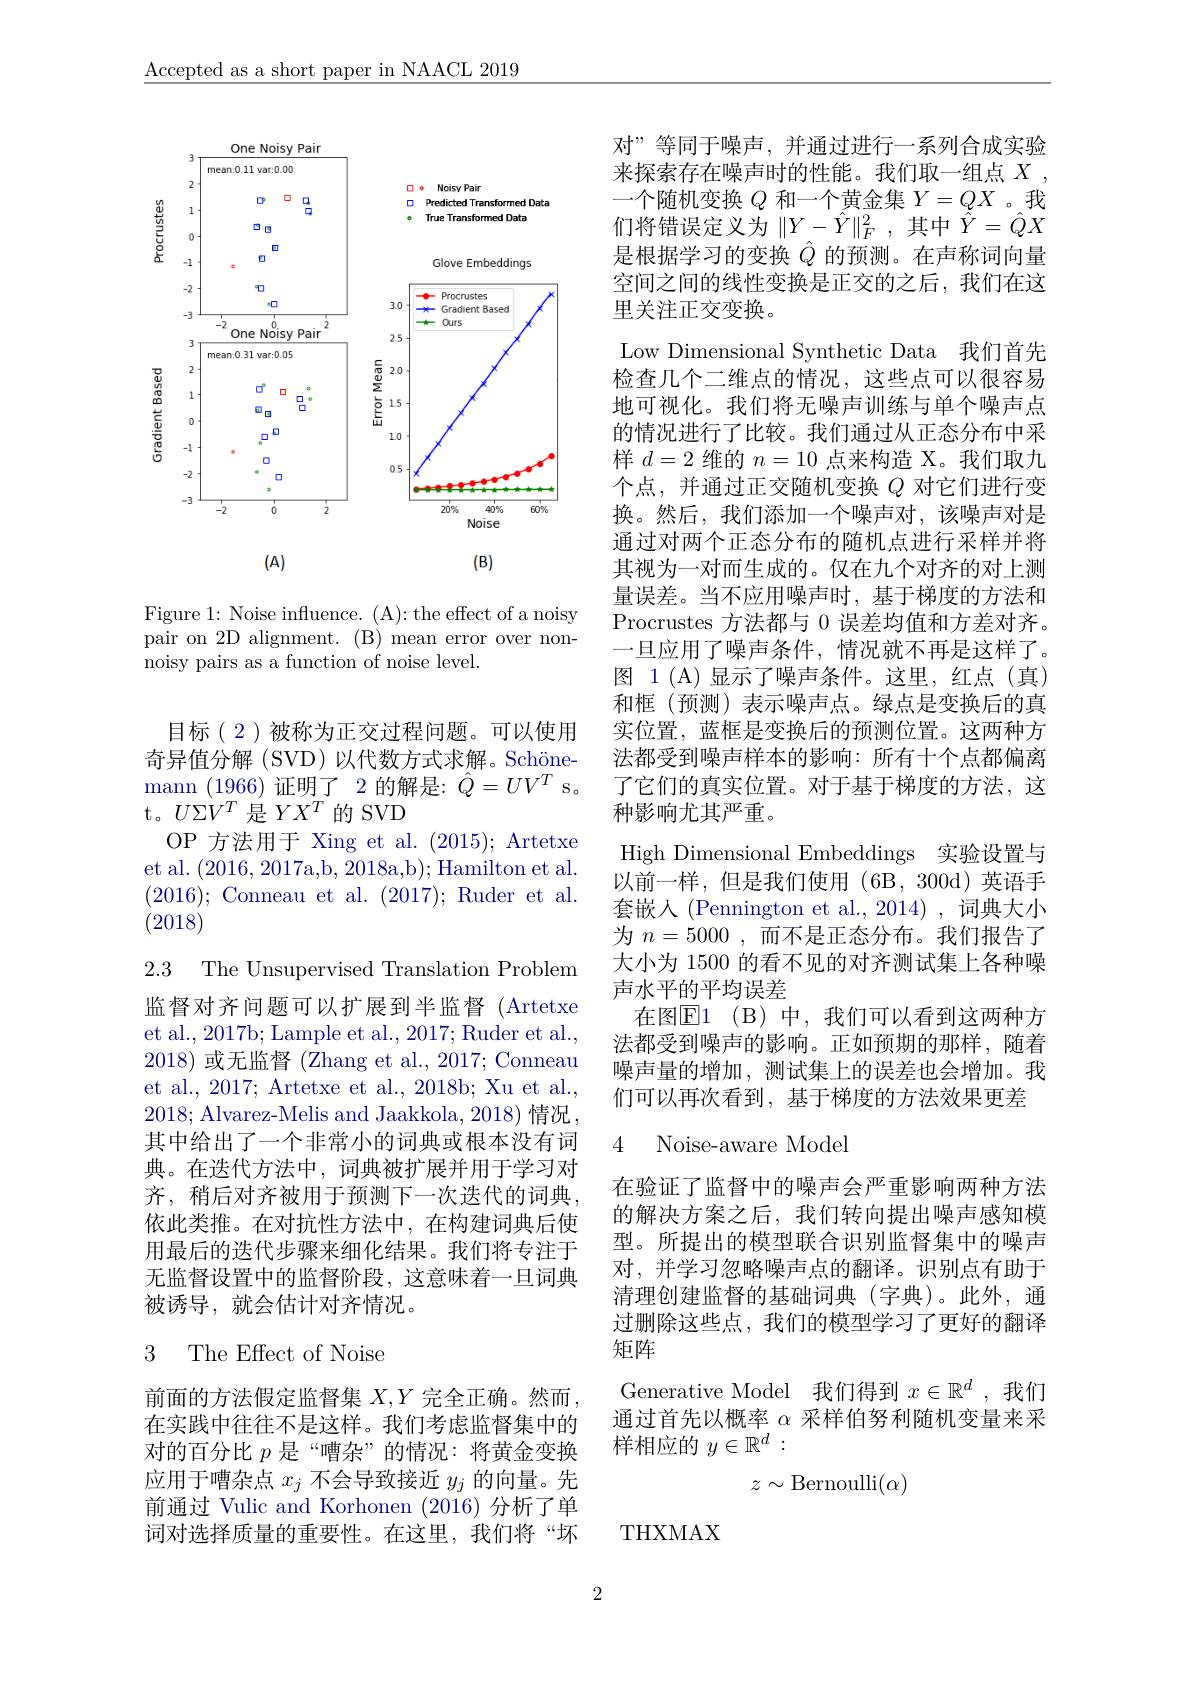
$\underline{\text{Accepted as a short paper in NAACL 2019}}$

<FigureHere>

Figure 1: Noise influence. (A): the effect of a noisy pair on 2D alignment. (B) mean error over non- noisy pairs as a function of noise level.

目标(2)被称为正交过程问题。可以使用奇异值分解 (SVD)以代数方式求解。Schöne- $\operatorname*{mann}_{\mathrm{T}}(1966)$证明了2的解是：$\hat Q=UV^T$s。t。$U\Sigma V^T$ 是$YX^T$的 SVD

OP 方法用于 Xing et al. (2015); Artetxe et al. (2016,2017a,b, 2018a,b);Hamilton et al. (2016); Conneau et al. (2017); Ruder et al. (2018)

2.3 The Unsupervised Translation Problem 监督对齐问题可以扩展到半监督(Artetxe et al., 2017b; Lample et al., 2017; Ruder et al., 2018)或无监督 (Zhang et al., 2017; Conneau et al., 2017; Artetxe et al., 2018b; Xu et al., 2018; Alvarez-Melis and Jaakkola, 2018) 情况其中给出了一个非常小的词典或根本没有词典。在迭代方法中，词典被扩展并用于学习对齐，稍后对齐被用于预测下一次迭代的词典， 依此类推。在对抗性方法中，在构建词典后使用最后的迭代步骤来细化结果。我们将专注于无监督设置中的监督阶段，这意味着一旦词典被诱导，就会估计对齐情况。

## 3 The Effect of Noise

前面的方法假定监督集$X,Y$完全正确。然而， 在实践中往往不是这样。我们考虑监督集中的对的百分比$p$是“嘈杂”的情况：将黄金变换应用于嘈杂点$x_j$不会导致接近$y_j$的向量。先前通过 Vulic and Korhonen (2016) 分析了单词对选择质量的重要性。在这里，我们将“坏

2

对”等同于噪声，并通过进行一系列合成实验来探索存在噪声时的性能。我们取一组点$X$, 一个随机变换$Q$和一个黄金集$Y=QX$ 。我们将错误定义为$\|Y-\hat{Y}\|_F^2$,其中$\hat{Y}=\hat{Q}X$ 是根据学习的变换$\hat{Q}$的预测。在声称词向量空间之间的线性变换是正交的之后，我们在这里关注正交变换。
Low Dimensional Synthetic Data 我们首先检查几个二维点的情况，这些点可以很容易地可视化。我们将无噪声训练与单个噪声点的情况进行了比较。我们通过从正态分布中采样$d=2$维的$n=10$点来构造 X。我们取九个点，并通过正交随机变换$Q$对它们进行变换。然后，我们添加一个噪声对，该噪声对是通过对两个正态分布的随机点进行采样并将其视为一对而生成的。仅在九个对齐的对上测量误差。当不应用噪声时，基于梯度的方法和Procrustes 方法都与 0 误差均值和方差对齐。一旦应用了噪声条件，情况就不再是这样了。图 1(A)显示了噪声条件。这里，红点(真) 和框(预测)表示噪声点。绿点是变换后的真实位置，蓝框是变换后的预测位置。这两种方法都受到噪声样本的影响：所有十个点都偏离了它们的真实位置。对于基于梯度的方法，这种影响尤其严重。
High Dimensional Embeddings 实验设置与以前一样，但是我们使用(6B,300d)英语手套嵌入 (Pennington et al.,2014) ,词典大小为$n=5000$,而不是正态分布。我们报告了大小为 1500 的看不见的对齐测试集上各种噪声水平的平均误差
在图$\mathbb{E} 1$ $( \mathcal{B} )$ 中，我们可以看到这两种方法都受到噪声的影响。正如预期的那样，随着噪声量的增加，测试集上的误差也会增加。我们可以再次看到，基于梯度的方法效果更差

# 4 Noise-aware Model

在验证了监督中的噪声会严重影响两种方法的解决方案之后，我们转向提出噪声感知模型。所提出的模型联合识别监督集中的噪声对，并学习忽略噪声点的翻译。识别点有助于清理创建监督的基础词典(字典)。此外，通过删除这些点，我们的模型学习了更好的翻译矩阵
Generative Model 我们得到$x\in\mathbb{R}^d$ ,我们通过首先以概率$\alpha$采样伯努利随机变量来采样相应的$y\in\mathbb{R}^d:$
$$z\sim\mathrm{Bernoulli}(\alpha)$$
THXMAX